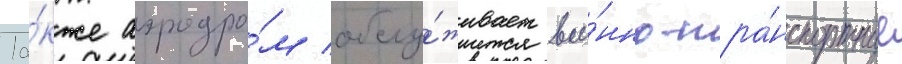
Та́кже аэродро́м обслу́живает вое́нно-тра́нспортные